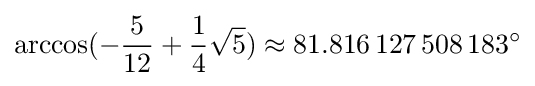
\arccos(-{\frac {5}{12}}+{\frac {1}{4}}{\sqrt {5}})\approx 81.816\,127\,508\,183^{\circ }